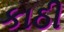
કાઠી